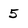
Character: 5